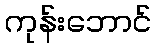
ကုန်းဘောင်